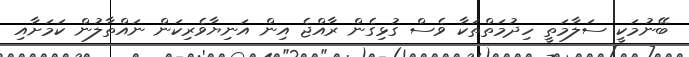
ބޭނުމަކީ ސަލާމަތީ ހިދުމަތްތަކާ ވެސް ގުުޅިގެން ރާއްޖެ އިން އަނިޔާވެރިކަން ނައްތާލުން ކަމަށާއި